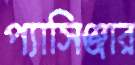
প্যাসিঞ্জার